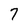
Character: 7